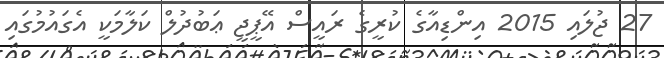
27 ޖުލައި 2015 އިންޑިއާގެ ކުރީގެ ރައީސް އޭޕީޖީ ޢަބުދުލް ކަލާމަކީ އެގައުމުގައި